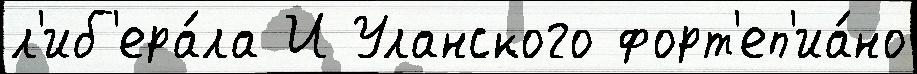
л'иб'ера́ла И Уланского форт'еп'иа́но